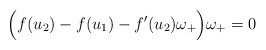
\begin{align*}\Big(f(u_2)-f(u_1)-f'(u_2)\omega_+\Big)\omega_+ = 0\end{align*}